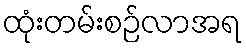
ထုံးတမ်းစဉ်လာအရ